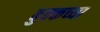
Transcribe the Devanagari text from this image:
बुक्कच्या